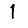
Digit: 1